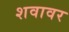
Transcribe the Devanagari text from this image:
शवावर